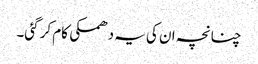
چنانچہ ان کی یہ دھمکی کام کر گئی۔